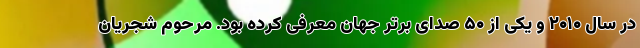
در سال ۲۰۱۰ و یکی از ۵۰ صدای برتر جهان معرفی کرده‌ بود. مرحوم شجریان